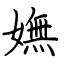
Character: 嫵